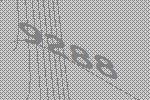
9288